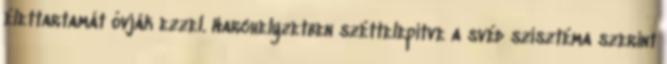
élettartamát óvják ezzel. Harchelyzetben széttelepítve a svéd szisztéma szerint